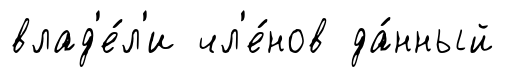
влад'е́л'и чл'е́нов да́нный